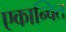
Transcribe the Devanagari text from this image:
एकान्वित